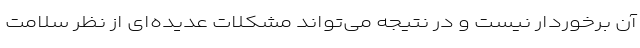
آن برخوردار نیست و در نتیجه می‌تواند مشکلات عدیده‌ای از نظر سلامت